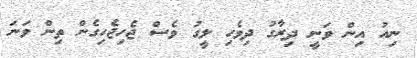
ނިއު އިން ވަނީ ދިރާގު ދިވެހި ލީގު ވެސް ޖެހިޖެހިގެން ތިން ވަނަ